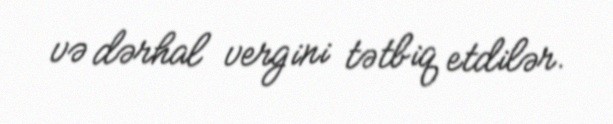
və dərhal vergini tətbiq etdilər.